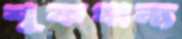
শূকধান্য